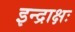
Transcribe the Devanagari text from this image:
इन्द्राक्षः